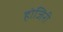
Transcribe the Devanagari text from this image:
होजिरी